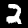
Digit: 2